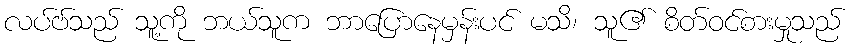
လပ်ဗ်သည် သူ့ကို ဘယ်သူက ဘာပြောနေမှန်းပင် မသိ၊ သူ၏ စိတ်ဝင်စားမှုသည်